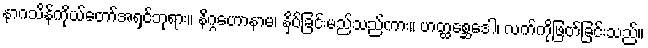
နာဂသိန်ကိုယ်တော်အရှင်ဘုရား။ နိဂ္ဂဟောနာမ၊ နှိပ်ခြင်းမည်သည်ကား။ ဟတ္ထစ္ဆေဒေါ၊ လက်ကိုဖြတ်ခြင်းသည်။